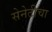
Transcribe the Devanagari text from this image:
सेनेटीचा